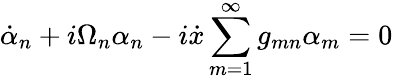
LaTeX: \dot{\alpha}_{n}+i\Omega_{n}\alpha_{n}-i\dot{x}\sum_{m=1}^{\infty}g_{mn}\alpha_{m}=0